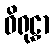
ဝိရုဠှာ